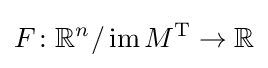
F\colon \mathbb {R} ^{n}/\operatorname {im} {M^{\operatorname {T} }}\to \mathbb {R}